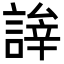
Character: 𬢹